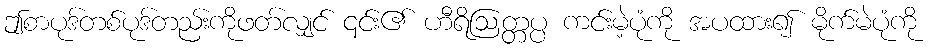
ဤစာပုဒ်တစ်ပုဒ်တည်းကိုဖတ်လျှင် ၎င်း၏ ဟီရိဩတ္တပ္ပ ကင်းမဲ့ပုံကို အပထား၍ မိုက်မဲပုံကို